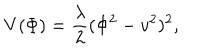
LaTeX: V ( \Phi ) = \frac { \lambda } { 2 } ( \Phi ^ { 2 } - v ^ { 2 } ) ^ { 2 } ,